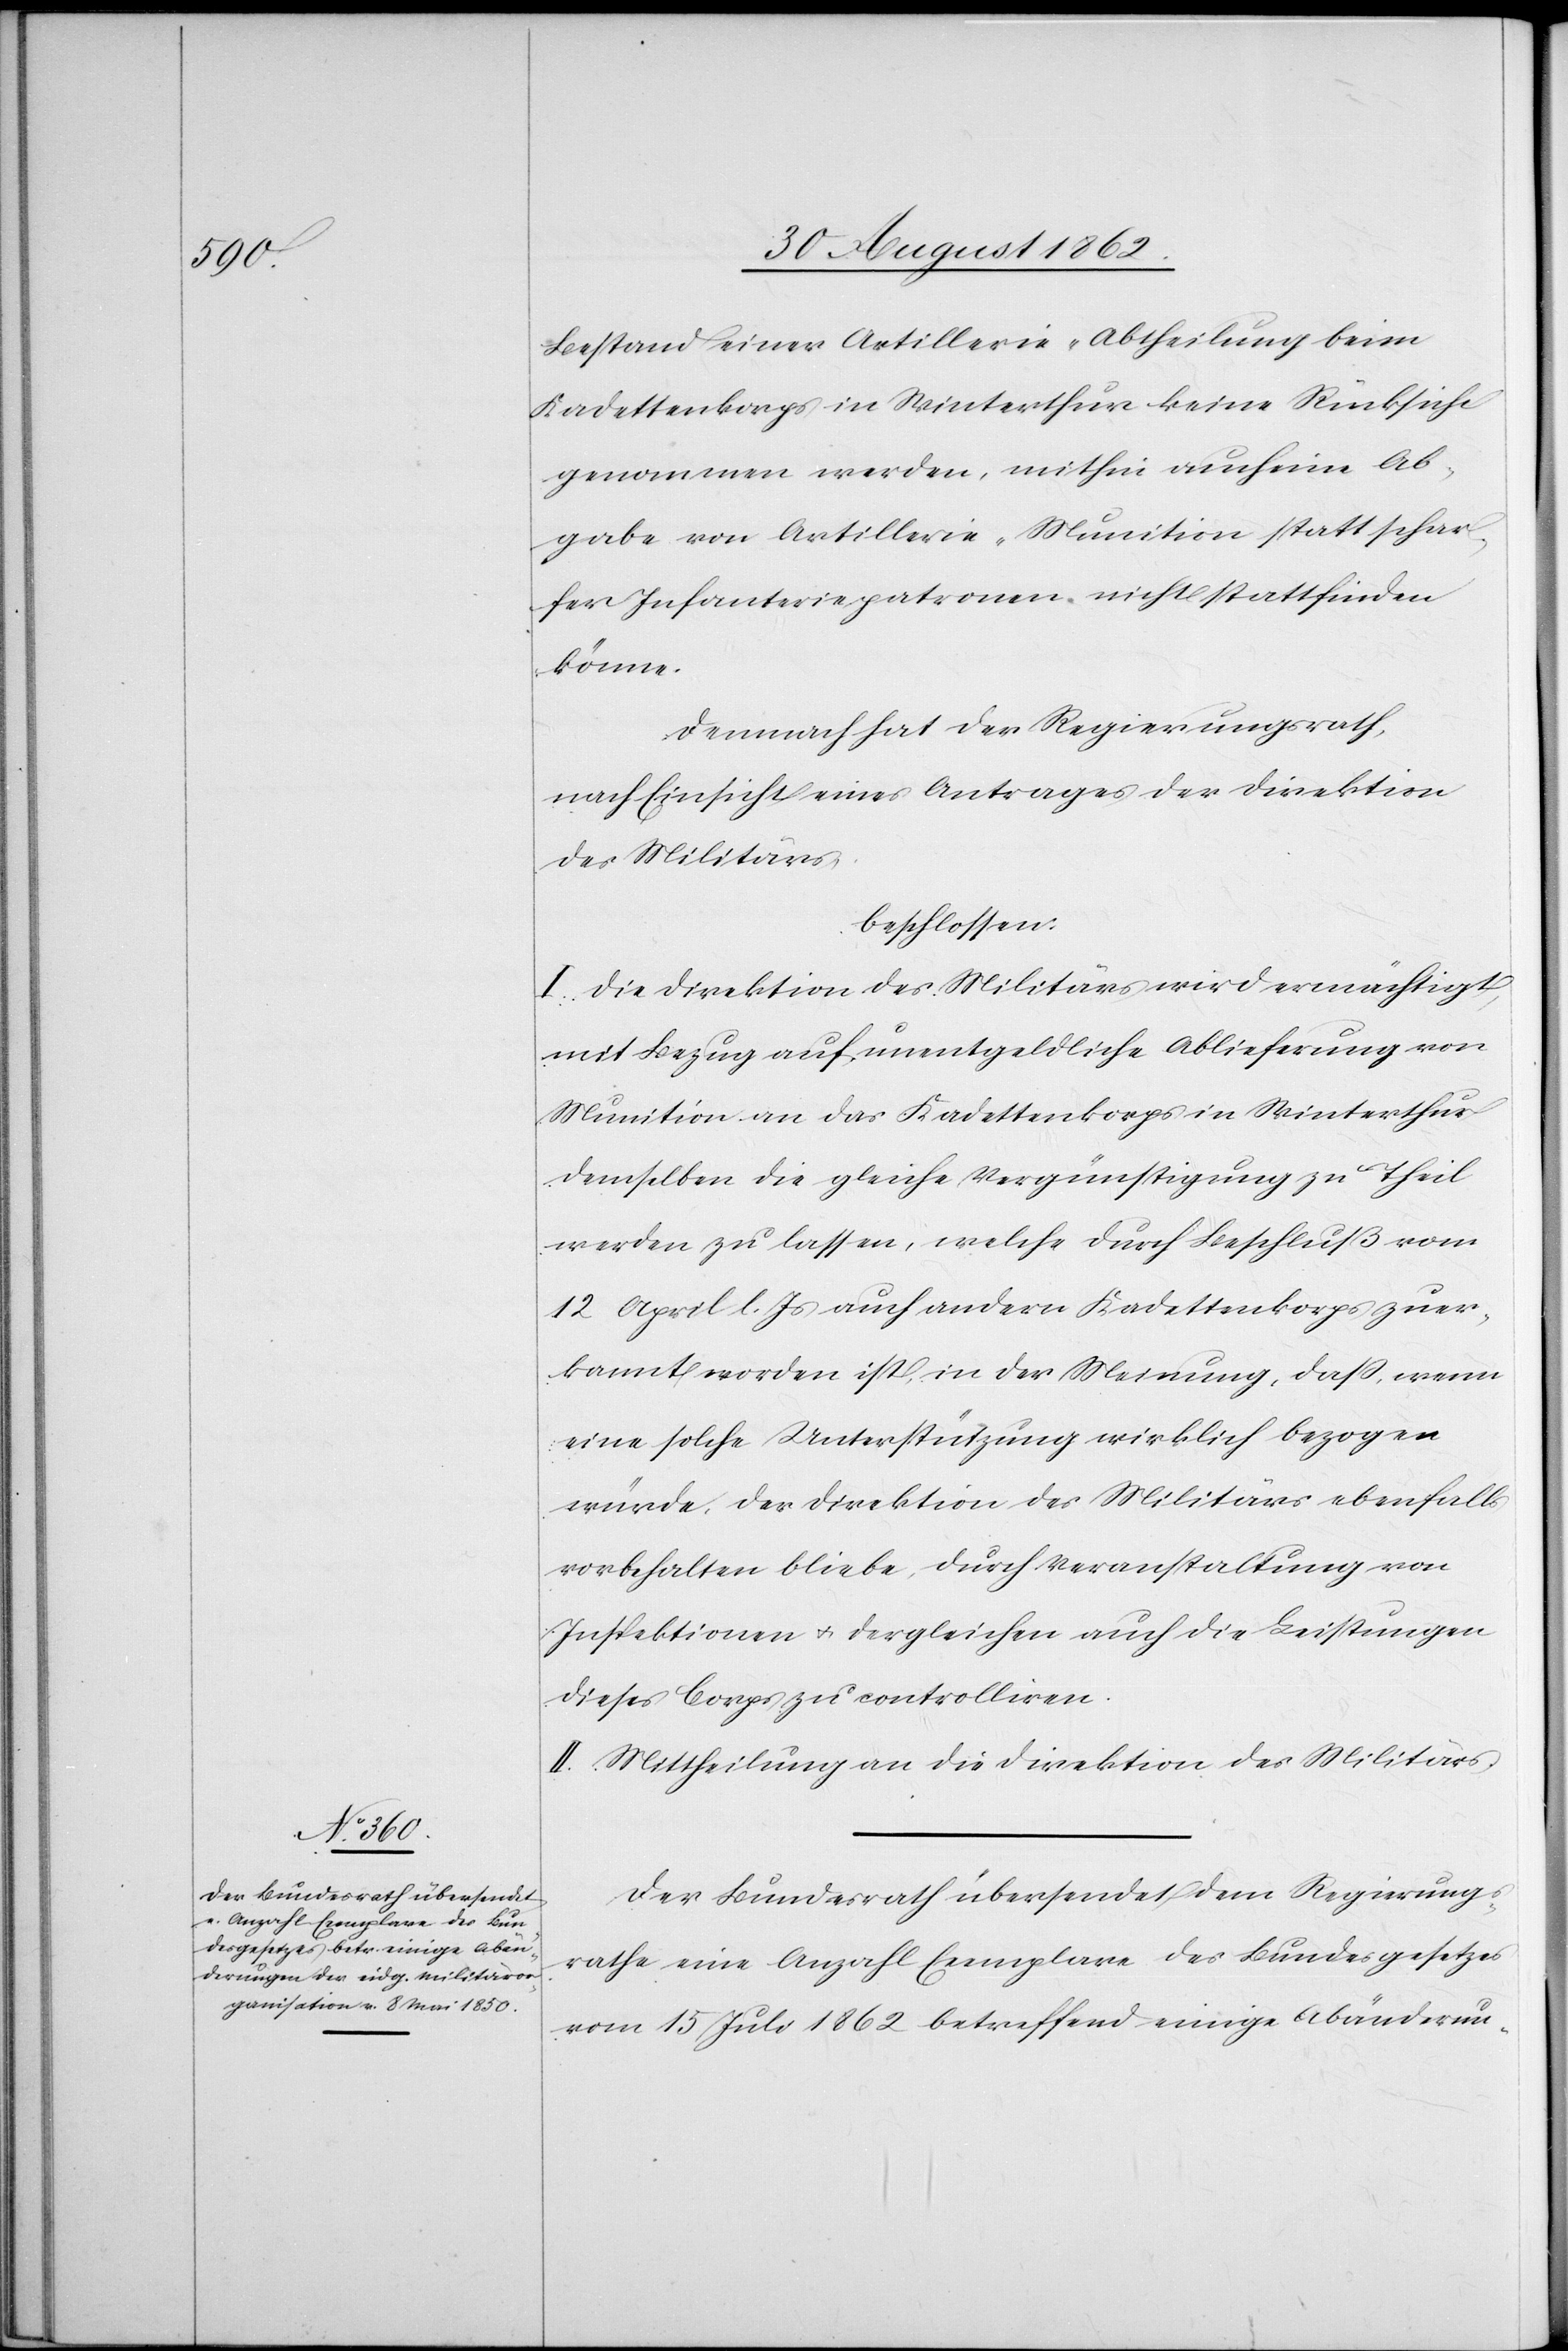
Bestand einer Artillerie-Abtheilung beim
Cadettenkorps in Winterthur keine Rücksicht
genommen werden, mithin auch eine Ab¬
gabe von Artillerie-Munition statt schar¬
fer Infanteriepatronen nicht stattfinden
könne.
Demnach hat der Regierungsrath,
nach Einsicht eines Antrages der Direktion
des Militärs
beschlossen:
I. Die Direktion des Militärs wird ermächtigt,
mit Bezug auf unentgeldliche Ablieferung von
Munition an das Kadettenkorps in Winterthur
demselben die gleiche Vergünstigung zu Theil
werden zu lassen, welche durch Beschluß vom
12. April l. Js. auch andern Kadettenkorps zuer¬
kannt worden ist, in der Meinung, daß, wenn
eine solche Unterstützung wirklich bezogen
würde. Der Direktion des Militärs ebenfalls
vorbehalten bliebe, durch Veranstaltung von
Inspektionen u. dergleichen auch die Leistungen
dieses Corps zu controlliren.
II. Mittheilung an die Direktion des Militärs.
Der Bundesrath übersendet dem Regierungs¬
rathe eine Anzahl Exemplare des Bundesgesetzes
vom 15. Juli 1862 betreffend einige Abänderun-